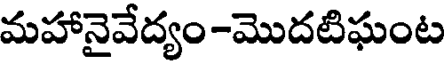
మహానైవేద్యం-మొదటిఘంట